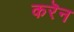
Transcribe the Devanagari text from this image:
करॆन